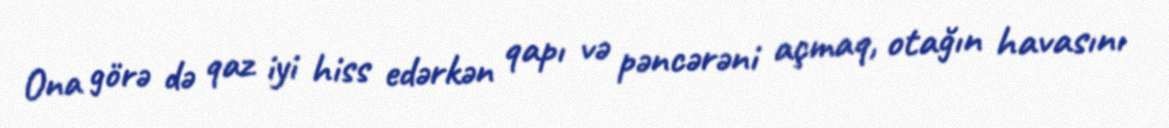
Ona görə də qaz iyi hiss edərkən qapı və pəncərəni açmaq, otağın havasını